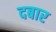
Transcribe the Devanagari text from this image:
दबार